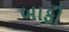
બાફી